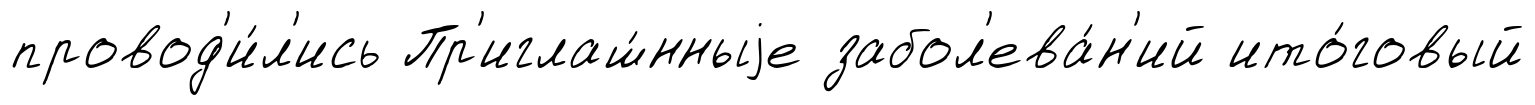
провод'и́л'ись Пр'иглаш́нныjе забол'ева́н'ий ито́говый